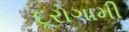
દૂરોગામી